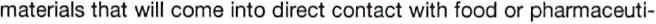
materials that will come into direct contact with food or pharmaceuti-